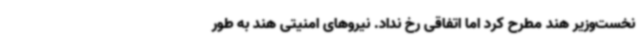
نخست‌وزیر هند مطرح کرد اما اتفاقی رخ نداد. نیروهای امنیتی هند به طور